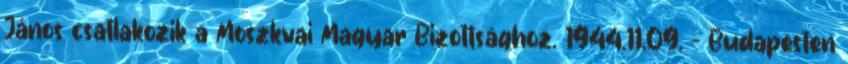
János csatlakozik a Moszkvai Magyar Bizottsághoz. 1944.11.09. - Budapesten